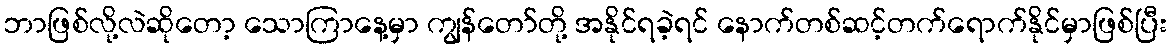
ဘာဖြစ်လို့လဲဆိုတော့ သောကြာနေ့မှာ ကျွန်တော်တို့ အနိုင်ရခဲ့ရင် နောက်တစ်ဆင့်တက်ရောက်နိုင်မှာဖြစ်ပြီး